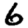
Digit: 6